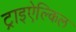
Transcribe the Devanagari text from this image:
ट्राइऐल्किल